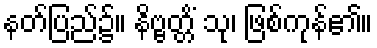
နတ်ပြည်၌။ နိဗ္ဗတ္တိံ သု၊ ဖြစ်ကုန်၏။